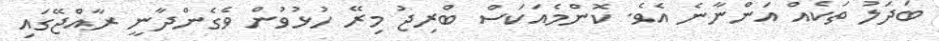
ބަދަލު ތަކެއް އަންނާނެ އެވެ. ކޮންމެއަކަސް ބްރިޖު މިރޭ ހުޅުވުން ވެގެންދާނީ ރާއްޖޭގައި